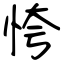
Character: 恗